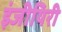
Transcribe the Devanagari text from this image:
इंजीयिरी